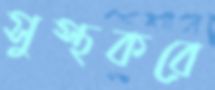
সুস্থকরে